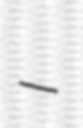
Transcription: –